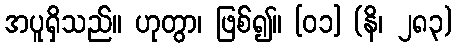
အပူရှိသည်။ ဟုတွာ၊ ဖြစ်၍။ [၀၁] (နိ၊ ၂၈၃)